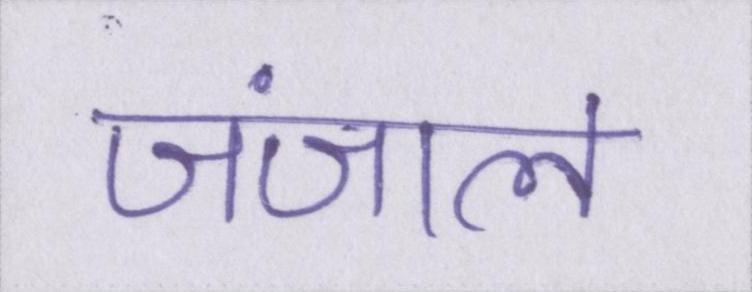
जंजाल